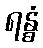
ရန္ဓံ